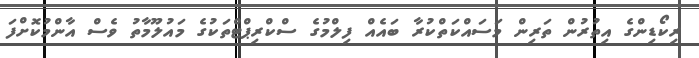
ރިކޯޑިންގެ އިތުރުން ތަރިން މަސައްކަތްކުރާ ބައެއް ފިލްމުގެ ސްކްރިޕްޓްތަކުގެ މައުލޫމާތު ވެސް އާންމުކޮށްފަ